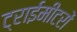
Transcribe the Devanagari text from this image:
ट्राईमीटरों